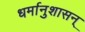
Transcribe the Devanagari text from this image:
धर्मानुशासन्